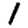
Digit: 1